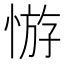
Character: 𢝡